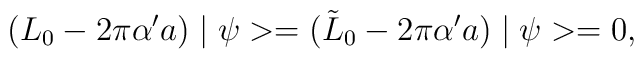
(L_0-2\pi\alpha' a)\mid\psi>=(\tilde{L}_0-2\pi\alpha' a)\mid\psi>=0,